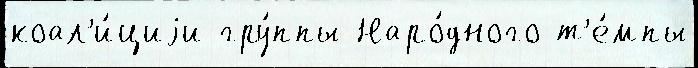
коал'и́циjи гру́ппы Наро́дного т'е́мпы